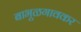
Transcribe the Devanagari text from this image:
बाभूळगावकर